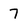
Character: 7